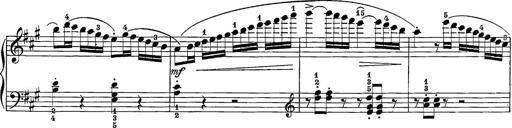
Title: 12 Sonatine per Pianoforte
Composer: Friedrich Kuhlau